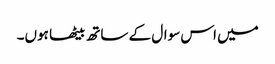
میں اس سوال کے ساتھ بیٹھا ہوں۔